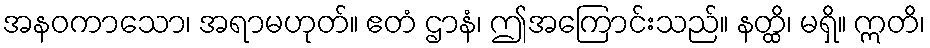
အနဝကာသော၊ အရာမဟုတ်။ ဧတံ ဌာနံ၊ ဤအကြောင်းသည်။ နတ္ထိ၊ မရှိ။ ဣတိ၊